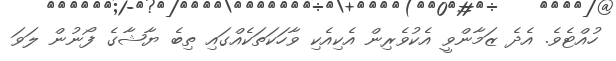
ހުއްޓެވެ. އެދެ ޒަމާންވީ އެކުވެރިން އެކިއެކި ވާހަކަތަކެއްގައި ތިބެ ޔާޝާގެ ފޯނުން ލަވަ